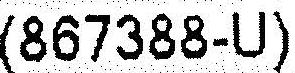
(867388-U)